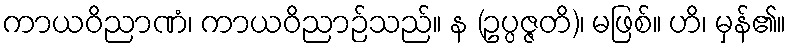
ကာယဝိညာဏံ၊ ကာယဝိညာဉ်သည်။ န (ဥပ္ပဇ္ဇတိ)၊ မဖြစ်။ ဟိ၊ မှန်၏။